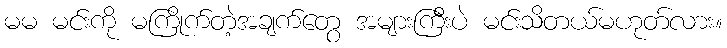
မမ မင်းကို မကြိုက်တဲ့အချက်တွေ အများကြီးပဲ မင်းသိတယ်မဟုတ်လား။